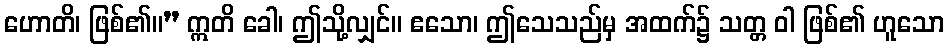
ဟောတိ၊ ဖြစ်၏။” ဣတိ ခေါ၊ ဤသို့လျှင်။ ဧသော၊ ဤသေသည်မှ အထက်၌ သတ္တ ဝါ ဖြစ်၏ ဟူသော